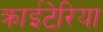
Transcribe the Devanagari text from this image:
क्राईटेरिया